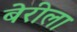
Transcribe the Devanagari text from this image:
बेरीला